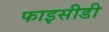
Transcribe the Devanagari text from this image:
फाइसीडी